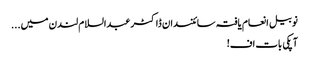
نوبیل انعام یافتہ سائنسدان ڈاکٹر عبدالسلام لندن میں...
آپکی بات اف!